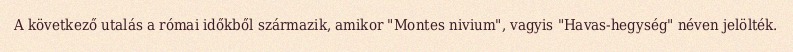
A következő utalás a római időkből származik, amikor "Montes nivium", vagyis "Havas-hegység" néven jelölték.